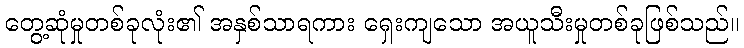
တွေ့ဆုံမှုတစ်ခုလုံး၏ အနှစ်သာရကား ရှေးကျသော အယူသီးမှုတစ်ခုဖြစ်သည်။